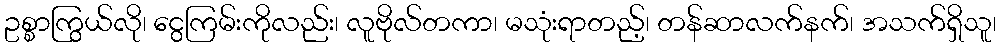
ဥစ္စာကြွယ်လို၊ ငွေကြမ်းကိုလည်း၊ လူဗိုလ်တကာ၊ မသုံးရာတည့်၊ တန်ဆာလက်နက်၊ အသက်ရှိသူ၊